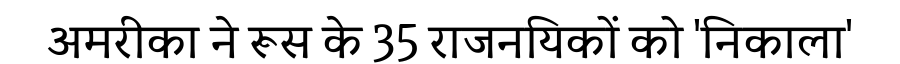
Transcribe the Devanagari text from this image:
अमरीका ने रूस के 35 राजनयिकों को 'निकाला'